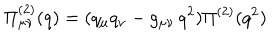
LaTeX: \Pi _ { \mu \nu } ^ { ( 2 ) } ( q ) = ( q _ { \mu } q _ { \nu } - g _ { \mu \nu } \, q ^ { 2 } ) \Pi ^ { ( 2 ) } ( q ^ { 2 } )